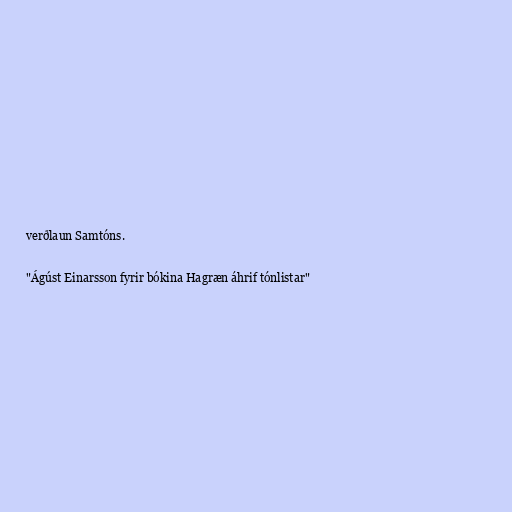
verðlaun Samtóns.

"Ágúst Einarsson fyrir bókina Hagræn áhrif tónlistar"